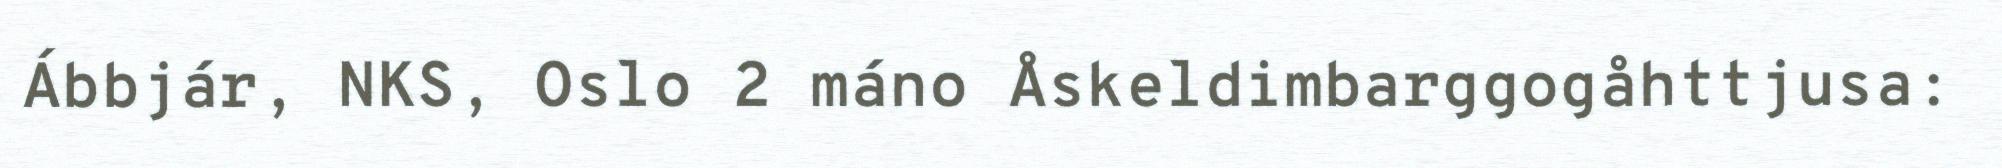
Ábbjár, NKS, Oslo 2 máno Åskeldimbarggogåhttjusa: